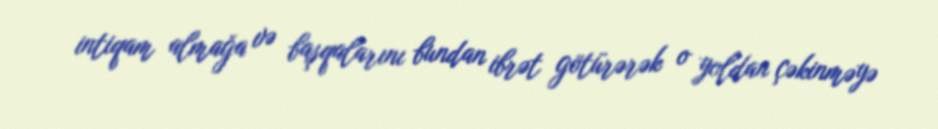
intiqam almağa və başqalarını bundan ibrət götürərək o yoldan çəkinməyə